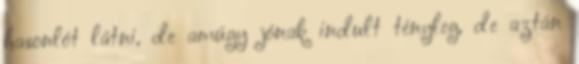
hasonlót látni, de amúgy jónak indult tényleg, de aztán